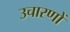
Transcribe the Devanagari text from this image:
उचारणों